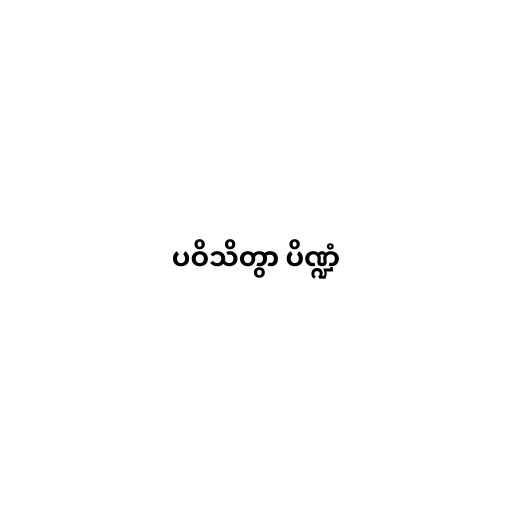
ပဝိသိတွာ ပိဏ္ဍံ